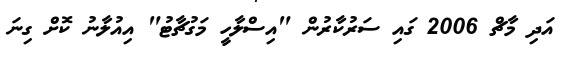
އަދި މާޗް 2006 ގައި ސަރުކާރުން "އިސްލާހީ މަގުޗާޓު" އިއުލާނު ކޮށް ގިނަ